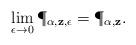
LaTeX: \begin{align*}\lim_{\epsilon\to 0}\P_{\bf \alpha, z,\epsilon}=\P_{\bf \alpha, z}.\end{align*}